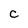
Character: C